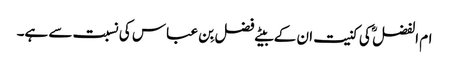
ام الفضل ؓ کی کنیت ان کے بیٹے فضل بِن عباس کی نسبت سے ہے۔